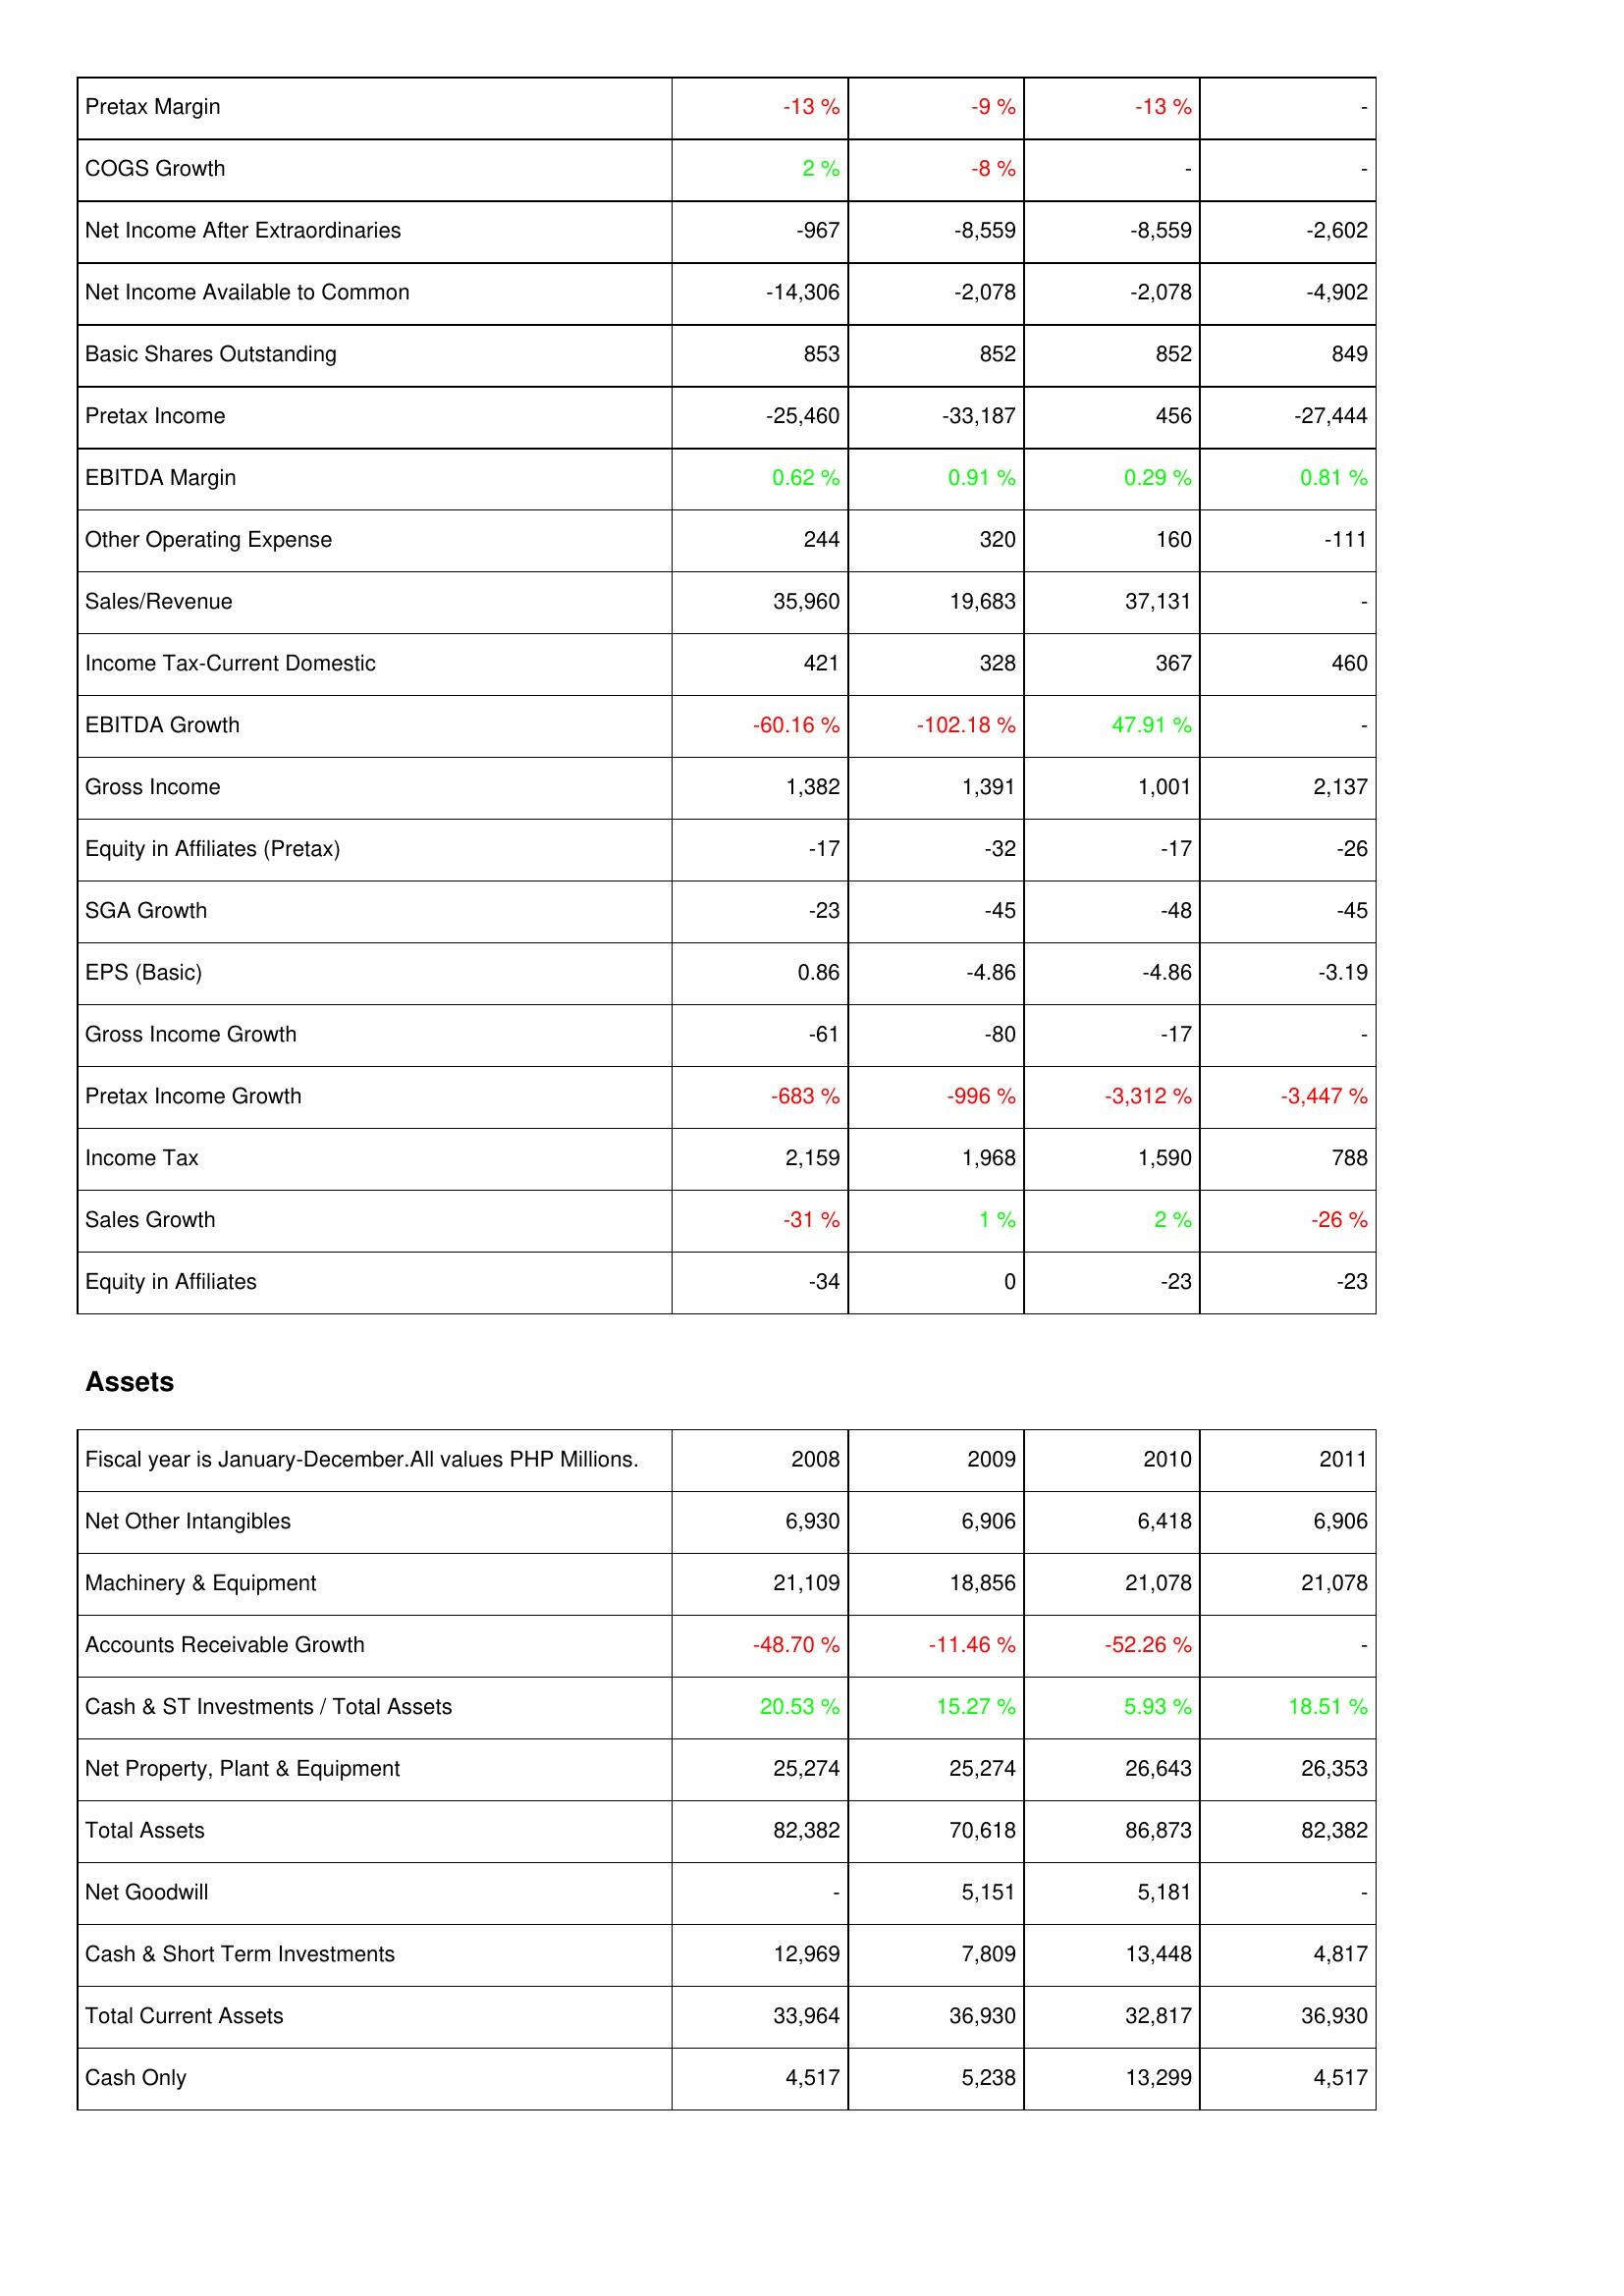
2008: Income Statement: Pretax Margin: -13 %
COGS Growth: 2 %
Net Income After Extraordinaries: -967
Net Income Available to Common: -14,306
Basic Shares Outstanding: 853
Pretax Income: -25,460
EBITDA Margin: 0.62 %
Other Operating Expense: 244
Sales/Revenue: 35,960
Income Tax-Current Domestic: 421
EBITDA Growth: -60.16 %
Gross Income: 1,382
Equity in Affiliates (Pretax): -17
SGA Growth: -23
EPS (Basic): 0.86
Gross Income Growth: -61
Pretax Income Growth: -683 %
Income Tax: 2,159
Sales Growth: -31 %
Equity in Affiliates: -34
Assets: Net Other Intangibles: 6,930
Machinery & Equipment: 21,109
Accounts Receivable Growth: -48.70 %
Cash & ST Investments / Total Assets: 20.53 %
Net Property, Plant & Equipment: 25,274
Total Assets: 82,382
Net Goodwill: -
Cash & Short Term Investments: 12,969
Total Current Assets: 33,964
Cash Only: 4,517
2009: Income Statement: Pretax Margin: -9 %
COGS Growth: -8 %
Net Income After Extraordinaries: -8,559
Net Income Available to Common: -2,078
Basic Shares Outstanding: 852
Pretax Income: -33,187
EBITDA Margin: 0.91 %
Other Operating Expense: 320
Sales/Revenue: 19,683
Income Tax-Current Domestic: 328
EBITDA Growth: -102.18 %
Gross Income: 1,391
Equity in Affiliates (Pretax): -32
SGA Growth: -45
EPS (Basic): -4.86
Gross Income Growth: -80
Pretax Income Growth: -996 %
Income Tax: 1,968
Sales Growth: 1 %
Equity in Affiliates: 0
Assets: Net Other Intangibles: 6,906
Machinery & Equipment: 18,856
Accounts Receivable Growth: -11.46 %
Cash & ST Investments / Total Assets: 15.27 %
Net Property, Plant & Equipment: 25,274
Total Assets: 70,618
Net Goodwill: 5,151
Cash & Short Term Investments: 7,809
Total Current Assets: 36,930
Cash Only: 5,238
2010: Income Statement: Pretax Margin: -13 %
COGS Growth: -
Net Income After Extraordinaries: -8,559
Net Income Available to Common: -2,078
Basic Shares Outstanding: 852
Pretax Income: 456
EBITDA Margin: 0.29 %
Other Operating Expense: 160
Sales/Revenue: 37,131
Income Tax-Current Domestic: 367
EBITDA Growth: 47.91 %
Gross Income: 1,001
Equity in Affiliates (Pretax): -17
SGA Growth: -48
EPS (Basic): -4.86
Gross Income Growth: -17
Pretax Income Growth: -3,312 %
Income Tax: 1,590
Sales Growth: 2 %
Equity in Affiliates: -23
Assets: Net Other Intangibles: 6,418
Machinery & Equipment: 21,078
Accounts Receivable Growth: -52.26 %
Cash & ST Investments / Total Assets: 5.93 %
Net Property, Plant & Equipment: 26,643
Total Assets: 86,873
Net Goodwill: 5,181
Cash & Short Term Investments: 13,448
Total Current Assets: 32,817
Cash Only: 13,299
2011: Income Statement: Pretax Margin: -
COGS Growth: -
Net Income After Extraordinaries: -2,602
Net Income Available to Common: -4,902
Basic Shares Outstanding: 849
Pretax Income: -27,444
EBITDA Margin: 0.81 %
Other Operating Expense: -111
Sales/Revenue: -
Income Tax-Current Domestic: 460
EBITDA Growth: -
Gross Income: 2,137
Equity in Affiliates (Pretax): -26
SGA Growth: -45
EPS (Basic): -3.19
Gross Income Growth: -
Pretax Income Growth: -3,447 %
Income Tax: 788
Sales Growth: -26 %
Equity in Affiliates: -23
Assets: Net Other Intangibles: 6,906
Machinery & Equipment: 21,078
Accounts Receivable Growth: -
Cash & ST Investments / Total Assets: 18.51 %
Net Property, Plant & Equipment: 26,353
Total Assets: 82,382
Net Goodwill: -
Cash & Short Term Investments: 4,817
Total Current Assets: 36,930
Cash Only: 4,517